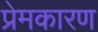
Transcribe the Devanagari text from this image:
प्रेमकारण